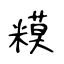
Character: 糢